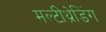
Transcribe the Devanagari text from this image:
मल्टीथ्रेडिंग